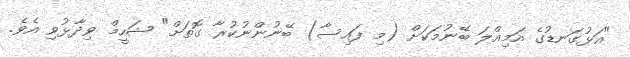
"އަޅުގަނޑުގެ އަމިއްލަ ބޭނުމަކަށް (މި ފައިސާ) ބޭނުންނުކުރާ ގޮތަށް" ޝަހީމް ވިދާޅުވި އެވެ.